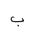
Letter: _ba